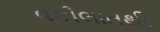
વકીલાતથી